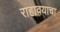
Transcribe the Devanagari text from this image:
राहावयाचा